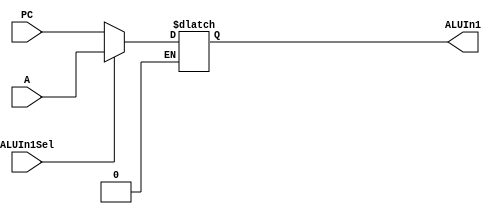
`timescale 1ns / 1ps
//////////////////////////////////////////////////////////////////////////////////
// Company: 
// Engineer: 
// 
// Design Name: 
// Module Name: ALUIn1Sel
// Project Name: 
// Target Devices: 
// Tool Versions: 
// Description: 
// 
// Dependencies: 
// 
// Revision:
// Revision 0.01 - File Created
// Additional Comments:
// 
//////////////////////////////////////////////////////////////////////////////////


module ALUIn1Sel(input ALUIn1Sel, input [31:0] PC, A, output reg [31:0] ALUIn1);
always@(*)begin
if(ALUIn1Sel == 0)
ALUIn1 <= PC;
if(ALUIn1Sel == 1)
ALUIn1 <= A;
end
endmodule